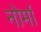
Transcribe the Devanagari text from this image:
नोर्मा